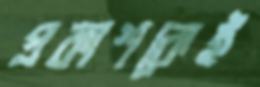
প্রকাশকেই